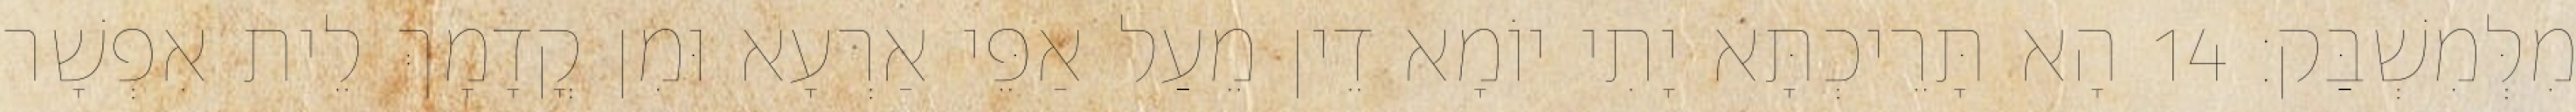
מִלְּמִשְׁבַּק׃ 14 הָא תָּרֵיכְתָּא יָתִי יוֹמָא דֵין מֵעַל אַפֵּי אַרְעָא וּמִן קֳדָמָךְ לֵית אִפְשָׁר